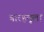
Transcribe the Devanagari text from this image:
बारहमूला